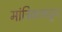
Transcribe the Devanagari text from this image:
मांत्रिकाकडून